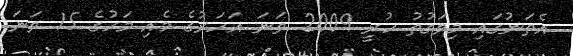
އެތަނުގައި މިވަގުތު ހުރީ 2009 ވަނަ އަހަރުގެ މެއި މަހުގެ 15 ވަނަ